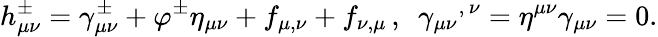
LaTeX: h_{\mu\nu}^{\pm}=\gamma_{\mu\nu}^{\pm}+\varphi^{\pm}\eta_{\mu\nu}+f_{\mu,\nu}+f_{\nu,\mu}\, ,\, \, \, {\gamma_{\mu\nu}}^{,\, \nu}=\eta^{\mu\nu}\gamma_{\mu\nu}=0.